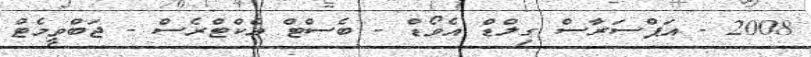
2008 - އަޕްސަރާސް ގިލްޑް އެވޯޑް - ބެސްޓް އެކްޓްރެސް - ޖަބްވީމެޓް